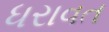
ધરાવત